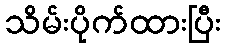
သိမ်းပိုက်ထားပြီး